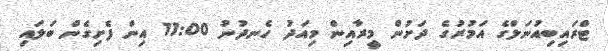
ޓްރައިބިއުނަލްގެ އަމުރުގެ ދަށުން މީރާއިން މިއަދު ހެނދުނު 11:00 އިން ފެށިގެން ބަލައި